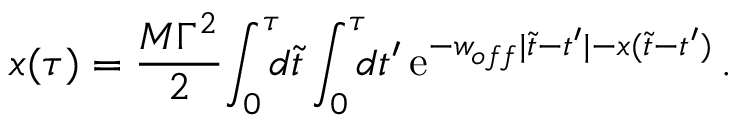
x ( \tau ) = { \frac { M \Gamma ^ { 2 } } { 2 } } \! \int _ { 0 } ^ { \tau } \! \! \! d \tilde { t } \int _ { 0 } ^ { \tau } \! \! \! d t ^ { \prime } \, \mathrm { e } ^ { - w _ { o f f } | \tilde { t } - t ^ { \prime } | - x ( \tilde { t } - t ^ { \prime } ) } \, .